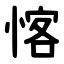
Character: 愘